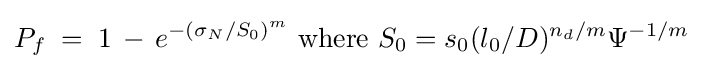
P_{f}\;=\;1\,-\,e^{-(\sigma _{N}/S_{0})^{m}}\ {\text{where}}\ S_{0}=s_{0}(l_{0}/D)^{n_{d}/m}\Psi ^{-1/m}